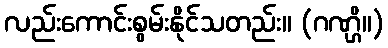
လည်းကောင်းစွမ်းနိုင်သတည်း။ (ဂဏ္ဌိ။)